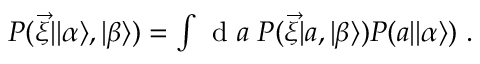
\begin{array} { r } { P ( \vec { \xi } | | \alpha \rangle , | \beta \rangle ) = \int \mathrm { ~ d ~ } a \; P ( \vec { \xi } | a , | \beta \rangle ) P ( a | | \alpha \rangle ) \; . } \end{array}